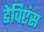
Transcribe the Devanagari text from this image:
डेविएंस